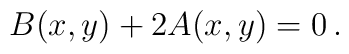
B(x,y) + 2 A(x,y) = 0 \, .